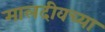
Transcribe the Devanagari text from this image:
मालदीवच्या